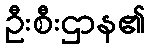
ဦးစီးဌာန၏